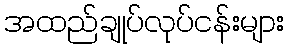
အထည်ချုပ်လုပ်ငန်းများ